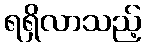
ရရှိလာသည့်